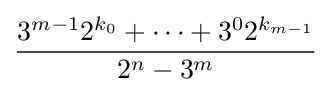
{\frac {3^{m-1}2^{k_{0}}+\cdots +3^{0}2^{k_{m-1}}}{2^{n}-3^{m}}}